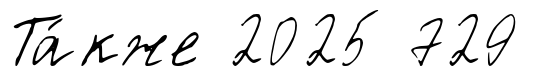
Та́кже 2025 729